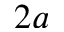
2 a